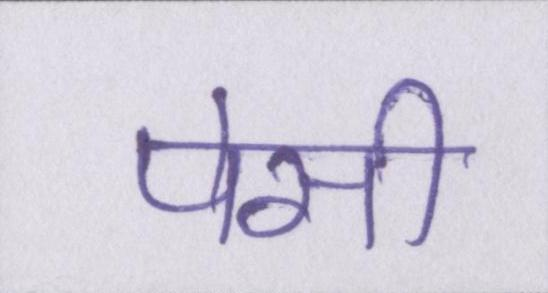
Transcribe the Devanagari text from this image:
पेसी